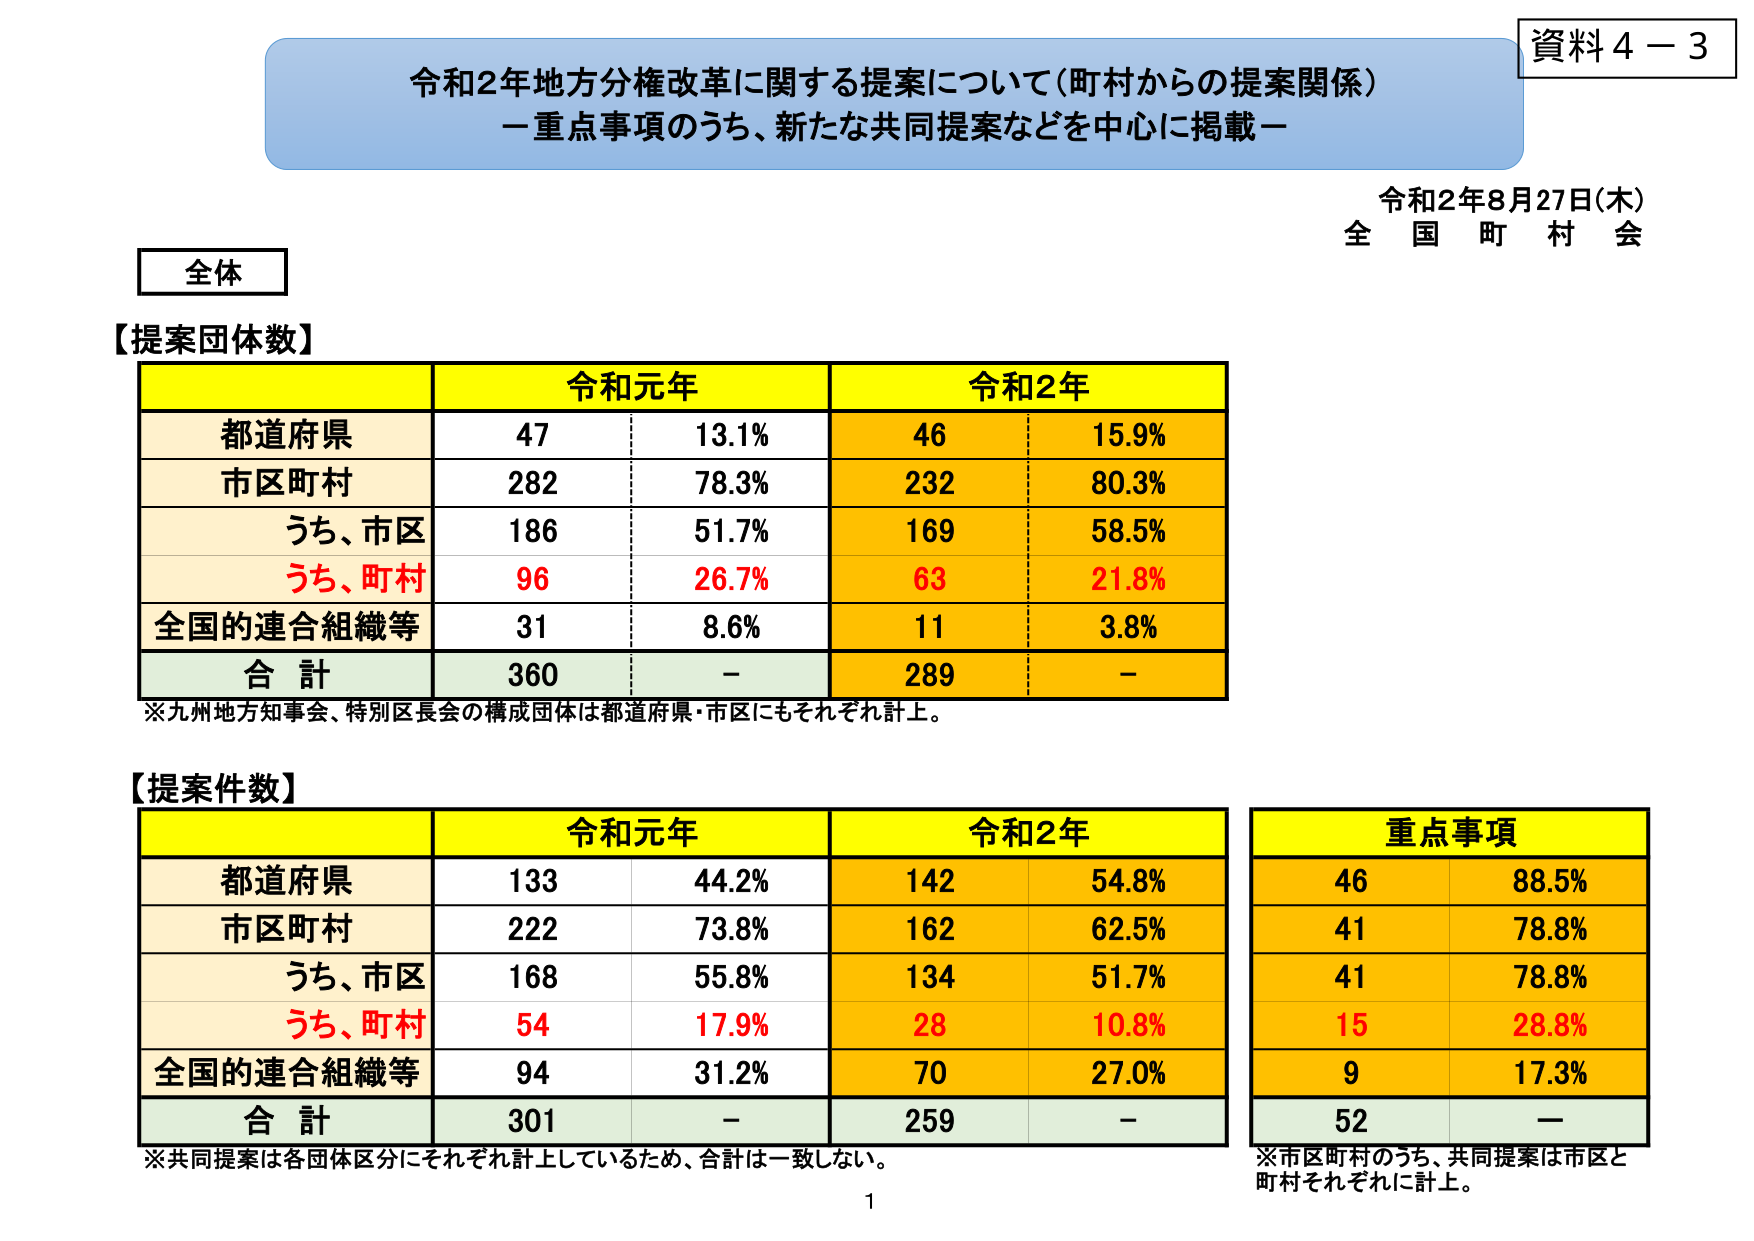
資料４－３
令和２年地方分権改革に関する提案について（町村からの提案関係）
－重点事項のうち、新たな共同提案などを中心に掲載－
令和２年８月27日（木）
全国町村会

全体

【提案団体数】
　　　　　　　　　　　令和元年　　　　　　　令和２年
都道府県　　　　　　47　　　13.1%　　　　　46　　　15.9%
市区町村　　　　　　282　　　78.3%　　　　　232　　　80.3%
　うち、市区　　　　186　　　51.7%　　　　　169　　　58.5%
　うち、町村　　　　96　　　26.7%　　　　　63　　　21.8%
全国的連合組織等　　31　　　8.6%　　　　　　11　　　3.8%
合計　　　　　　　　360　　　－　　　　　　289　　　－
※九州地方知事会、特別区長会の構成団体は都道府県・市区にもそれぞれ計上。

【提案件数】
　　　　　　　　　　　令和元年　　　　　　　令和２年　　　　　　　重点事項
都道府県　　　　　　133　　　44.2%　　　　　142　　　54.8%　　　　　46　　　88.5%
市区町村　　　　　　222　　　73.8%　　　　　162　　　62.5%　　　　　41　　　78.8%
　うち、市区　　　　168　　　55.8%　　　　　134　　　51.7%　　　　　41　　　78.8%
　うち、町村　　　　54　　　17.9%　　　　　28　　　10.8%　　　　　15　　　28.8%
全国的連合組織等　　94　　　31.2%　　　　　70　　　27.0%　　　　　9　　　17.3%
合計　　　　　　　　301　　　－　　　　　　259　　　－　　　　　　52　　　－
※共同提案は各団体区分にそれぞれ計上しているため、合計は一致しない。
※市区町村のうち、共同提案は市区と町村それぞれに計上。

1